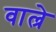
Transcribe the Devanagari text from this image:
वाल्रे